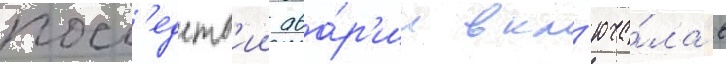
посл'едств'ии ава́р'ии вкл'юча́ла в